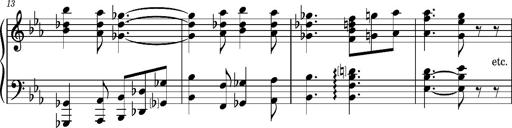
Title: KlavierstÃ¼ck in Es-Dur
Composer: Franz Liszt
Key: E-flat major